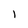
Character: l